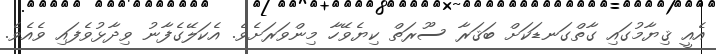
އެއީ ޤިޔާމުގައި ގާތްގަނޑަކަށް ބަޤަރާ ސޫރަތް ކިޔެވޭހާ މިންވަރަށެވެ. އެކަލޭގެފާނު ވިދާޅުވެފައި ވެއެވެ.